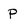
Character: p